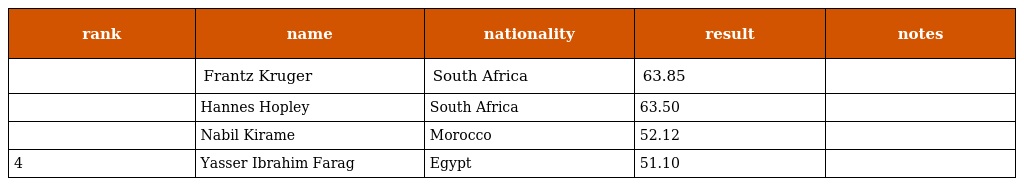
| rank | name | nationality | result | notes |
 | --- | --- | --- | --- | --- |
 |  | Frantz Kruger | South Africa | 63.85 |  |
 |  | Hannes Hopley | South Africa | 63.50 |  |
 |  | Nabil Kirame | Morocco | 52.12 |  |
 | 4 | Yasser Ibrahim Farag | Egypt | 51.10 |  |